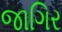
જાગિર